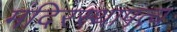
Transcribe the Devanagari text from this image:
मंदिरस्थापत्य